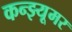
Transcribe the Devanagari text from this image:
कन्झ्यूमर